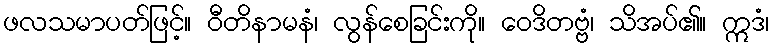
ဖလသမာပတ်ဖြင့်။ ဝီတိနာမနံ၊ လွန်စေခြင်းကို။ ဝေဒိတဗ္ဗံ၊ သိအပ်၏။ ဣဒံ၊